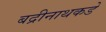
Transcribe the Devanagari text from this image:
बद्रीनाथकडे